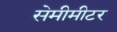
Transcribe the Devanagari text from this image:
सेमीमीटर